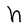
Character: h